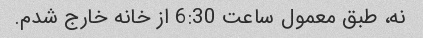
نه، طبق معمول ساعت 6:30 از خانه خارج شدم.